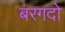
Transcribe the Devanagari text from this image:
बरगदो